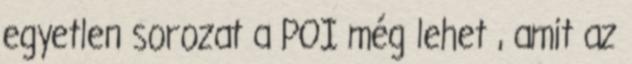
egyetlen sorozat a POI még lehet , amit az